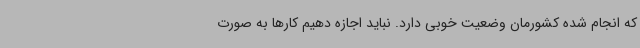
که انجام شده کشورمان وضعیت خوبی دارد. نباید اجازه دهیم کارها به صورت